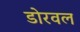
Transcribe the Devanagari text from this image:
डोरवल